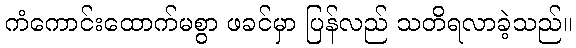
ကံကောင်းထောက်မစွာ ဖခင်မှာ ပြန်လည် သတိရလာခဲ့သည်။